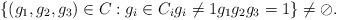
LaTeX: \begin{align*}\{(g_1,g_2,g_3) \in C : g_i \in C_i g_i \not=1 g_1g_2g_3 = 1\} \not= \oslash.\end{align*}